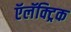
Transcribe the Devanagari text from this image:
ऍलॅक्ट्रिक